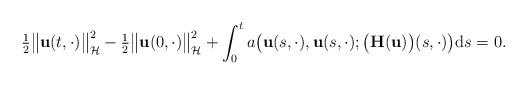
LaTeX: \begin{align*}\tfrac{1}{2} \big\|\mathbf{u}(t, \cdot)\big\|_{\mathcal{H}}^{2} - \tfrac{1}{2} \big\|\mathbf{u}(0, \cdot)\big\|_{\mathcal{H}}^{2} +\int_{0}^{t} a\big(\mathbf{u}(s, \cdot), \mathbf{u}(s, \cdot); \big(\mathbf{H}(\mathbf{u})\big)(s, \cdot)\big) \mathrm{d}s = 0. \end{align*}